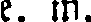
e. m.